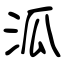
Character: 泒